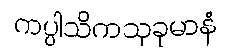
ကပ္ပါသိကသုခုမာနံ